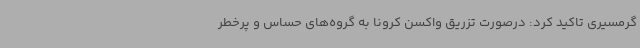
گرمسیری تاکید کرد: درصورت تزریق واکسن کرونا به گروه‌های حساس و پرخطر